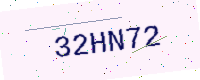
Text: 32HN72